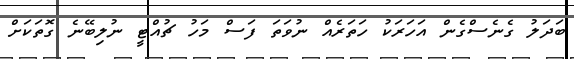
ބަދަލު ގެނެސްގެން އަހަރަކު ހަތަރެއް ނުވަތަ ފަސް މަހު ޗުއްޓީ ނުލިބޭނެ ގޮތަކަށް